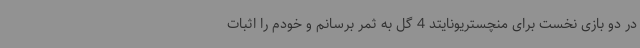
در دو بازی نخست برای منچستریونایتد 4 گل به ثمر برسانم و خودم را اثبات